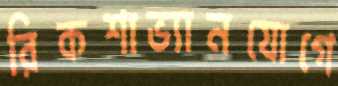
রিকশাভ্যানযোগে